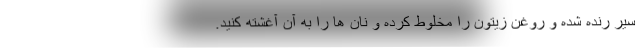
سیر رنده شده و روغن زیتون را مخلوط کرده و نان ها را به آن آغشته کنید.